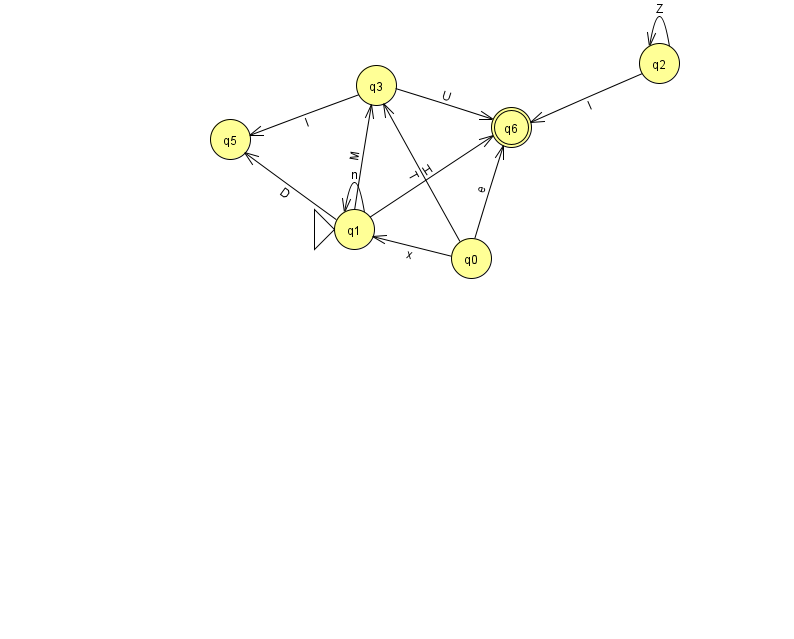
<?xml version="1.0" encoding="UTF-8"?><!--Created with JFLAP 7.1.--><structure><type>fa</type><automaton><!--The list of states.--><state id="0" name="q0"><x>471.0</x><y>245.0</y></state><state id="1" name="q1"><x>354.0</x><y>216.0</y><initial/></state><state id="2" name="q2"><x>659.0</x><y>50.0</y></state><state id="3" name="q3"><x>376.0</x><y>72.0</y></state><state id="5" name="q5"><x>230.0</x><y>126.0</y></state><state id="6" name="q6"><x>511.0</x><y>114.0</y><final/></state><!--The list of transitions.--><transition><from>0</from><to>6</to><read>e</read></transition><transition><from>1</from><to>3</to><read>M</read></transition><transition><from>3</from><to>5</to><read>I</read></transition><transition><from>1</from><to>5</to><read>D</read></transition><transition><from>2</from><to>6</to><read>I</read></transition><transition><from>3</from><to>6</to><read>U</read></transition><transition><from>2</from><to>2</to><read>Z</read></transition><transition><from>1</from><to>6</to><read>H</read></transition><transition><from>0</from><to>3</to><read>T</read></transition><transition><from>1</from><to>1</to><read>n</read></transition><transition><from>0</from><to>1</to><read>x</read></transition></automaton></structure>